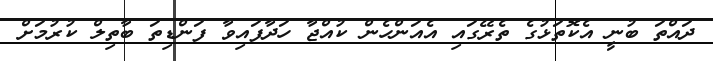
ދައްތަ ބުނީ އެކޮތަޅުގެ ތެރޭގައި އެއަންހެން ކުއްޖާ ހަދާފައިވާ ފަންޑިތަ ބާތިލް ކުރުމަށް